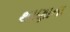
થાણાના